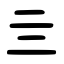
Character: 亖